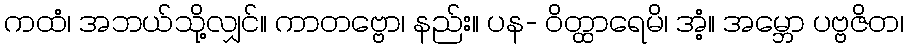
ကထံ၊ အဘယ်သို့လျှင်။ ကာတဗ္ဗော၊ နည်း။ ပန- ဝိတ္ထာရေမိ၊ အံ့။ အမ္ဘော ပဗ္ဗဇိတ၊